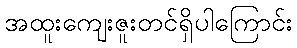
အထူးကျေးဇူးတင်ရှိပါကြောင်း